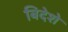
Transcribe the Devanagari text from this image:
बिदेशे